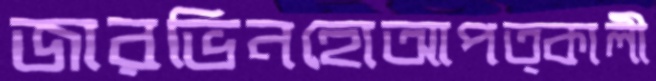
জারভিনহোআপত্কালী